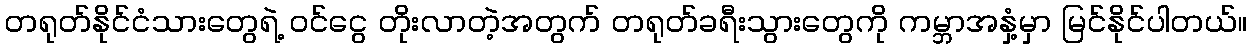
တရုတ်နိုင်ငံသားတွေရဲ့ ဝင်ငွေ တိုးလာတဲ့အတွက် တရုတ်ခရီးသွားတွေကို ကမ္ဘာအနှံ့မှာ မြင်နိုင်ပါတယ်။